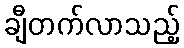
ချီတက်လာသည့်